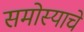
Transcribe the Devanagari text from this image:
समोस्याचे